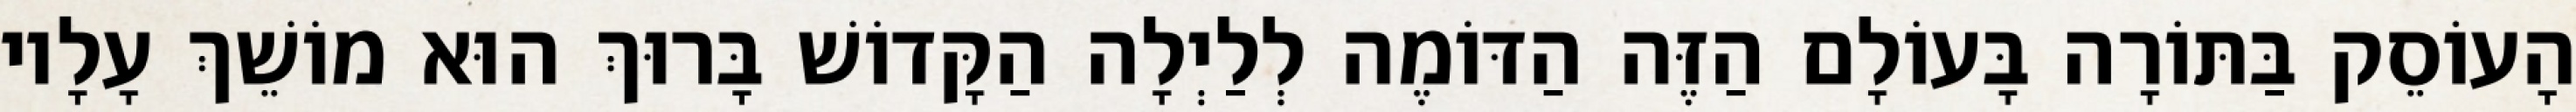
הָעוֹסֵק בַּתּוֹרָה בָּעוֹלָם הַזֶּה הַדּוֹמֶה לְלַיְלָה הַקָּדוֹשׁ בָּרוּךְ הוּא מוֹשֵׁךְ עָלָיו